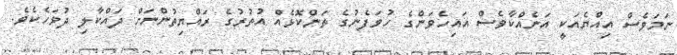
ނަމަވެސް އިއްޔެއަކީ އަނެއްކާވެސް އައިހެވަންގެ ހުވަފެނުގެ ތަންކޮޅެއް އުތުރުގެ ރައްޔިތުންނަށް ދައްކާލި ދުވަހެކެވެ.